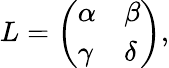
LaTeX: L=\left(\begin{array}{ll}{{\alpha}}&{{\beta}}\\ {{\gamma}}&{{\delta}}\end{array}\right),